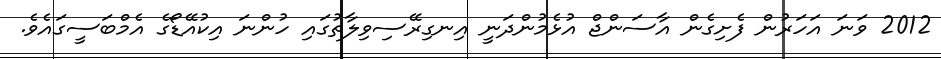
2012 ވަނަ އަހަރުން ފެށިގެން އާސަންޖް އުޅެމުންދަނީ އިނގިރޭސިވިލާތުގައި ހުންނަ އިކުއޭޑޯގެ އެމްބަސީގައެވެ.